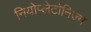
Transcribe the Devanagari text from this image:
नियोप्लेटोनिज्म